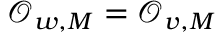
\mathcal { O } _ { w , M } = \mathcal { O } _ { v , M }